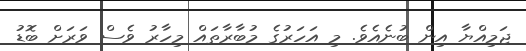
ޖަމިއްޔާ އިން ބުނެއެވެ. މި އަހަރުގެ މުބާރާތައް މިހާރު ވެސް ވަރަށް ބޮޑު